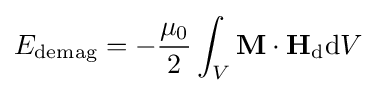
E_{\text{demag}}=-{\frac {\mu _{0}}{2}}\int _{V}\mathbf {M} \cdot \mathbf {H} _{\text{d}}\mathrm {d} V